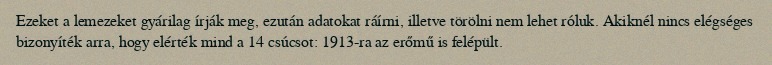
Ezeket a lemezeket gyárilag írják meg, ezután adatokat ráírni, illetve törölni nem lehet róluk. Akiknél nincs elégséges bizonyíték arra, hogy elérték mind a 14 csúcsot: 1913-ra az erőmű is felépült.